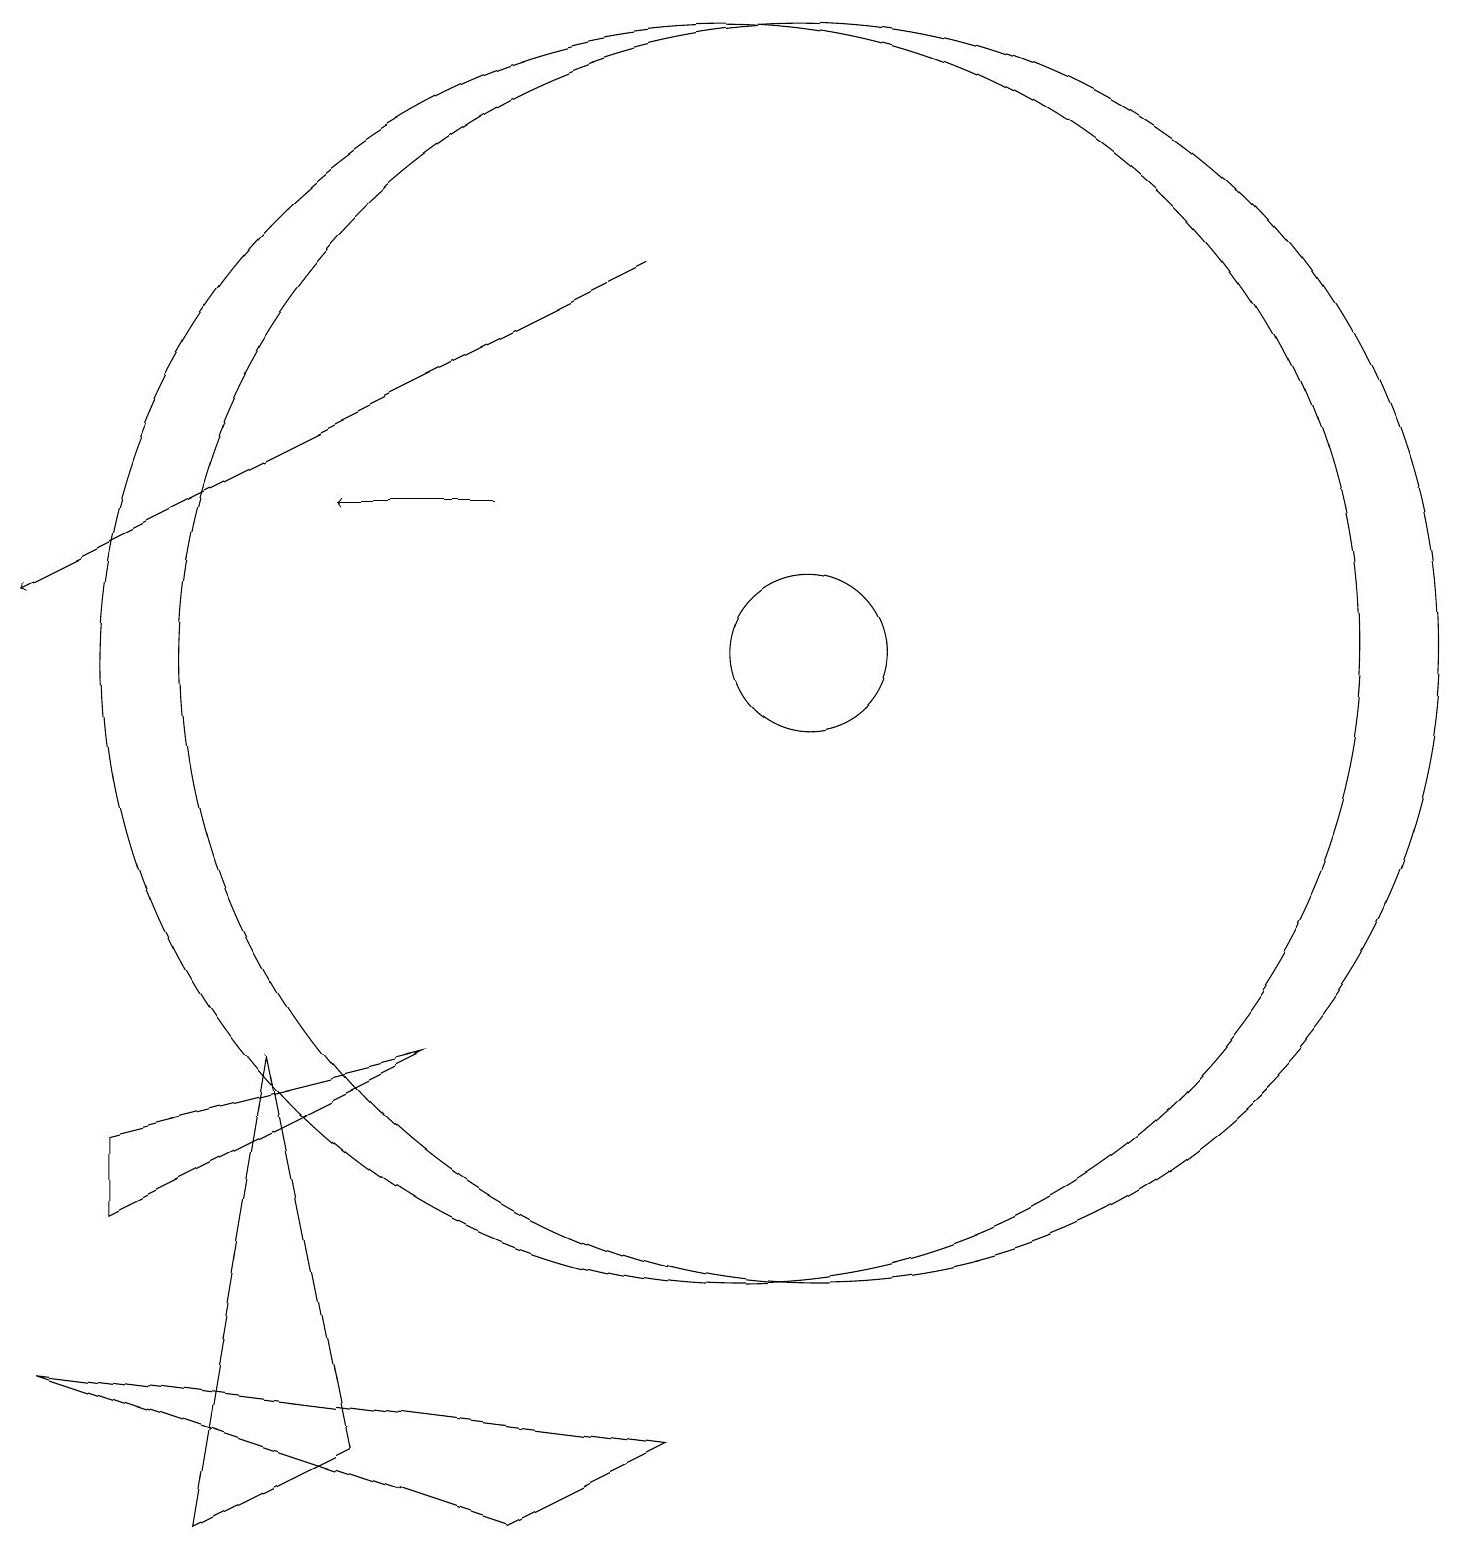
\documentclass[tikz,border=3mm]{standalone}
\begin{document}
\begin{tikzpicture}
\draw (10,11) circle (8);
\draw (11,11) circle (1);
\draw (1,2) -- (9,1) -- (7,0) -- cycle;
\draw (2,5) -- (2,4) -- (6,6) -- cycle;
\draw (11,11) circle (8);
\draw[->] (9,16) -- (1,12);
\draw[->] (7,13) -- (5,13);
\draw (3,0) -- (5,1) -- (4,6) -- cycle;
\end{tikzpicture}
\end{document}